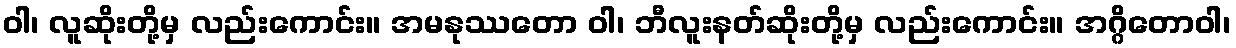
ဝါ၊ လူဆိုးတို့မှ လည်းကောင်း။ အမနုဿတော ဝါ၊ ဘီလူးနတ်ဆိုးတို့မှ လည်းကောင်း။ အဂ္ဂိတောဝါ၊